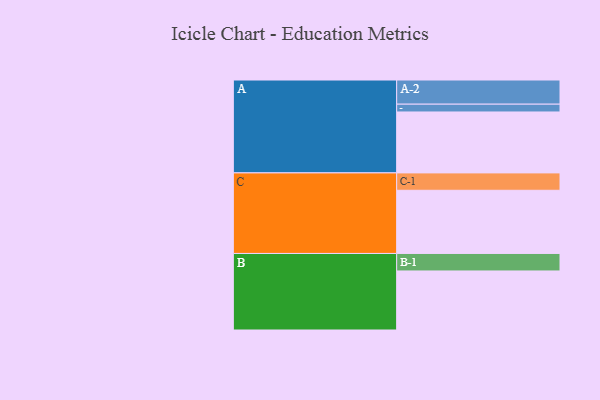
{"axis": {"x": "Segment", "y": "Value"}, "legend": ["", "A", "B", "C"], "data": [{"x": "A", "y": 484, "type": ""}, {"x": "B", "y": 469, "type": ""}, {"x": "C", "y": 502, "type": ""}, {"x": "A-1", "y": 62, "type": "A"}, {"x": "A-2", "y": 192, "type": "A"}, {"x": "B-1", "y": 139, "type": "B"}, {"x": "C-1", "y": 138, "type": "C"}]}